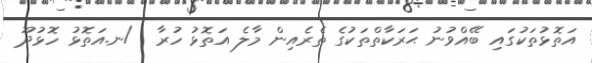
އަތޮޅުތަކުގައި ބޭއްވުނު ޙަރަކާތްތަކުގެ ތެރެއިން މާލެ އަތޮޅު ހުރާ  /ނ.އަތޮޅު ހޮޅުދޫ